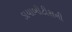
ડાયાબીટીસની